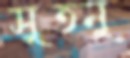
সুতনু